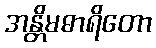
အန္တိမဓာရိတော